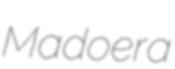
Madoera